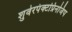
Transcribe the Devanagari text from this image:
शुवेरपंक्टप्रिनजिप